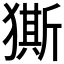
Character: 𭸨